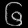
Digit: ၆